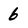
Character: 6